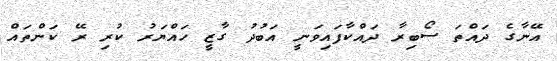
އޭނާގެ ދައްތަ ސޯބިރާ ދައްކާފައިވަނީ އަބުދު ގާޒީ ހައްޔަރު ކުރި ރޭ ކަންތައް